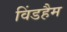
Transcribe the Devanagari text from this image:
विंडहैम